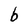
Character: b